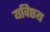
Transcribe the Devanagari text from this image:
यविष्ठय